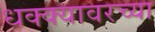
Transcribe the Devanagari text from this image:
धक्क्यावरच्या